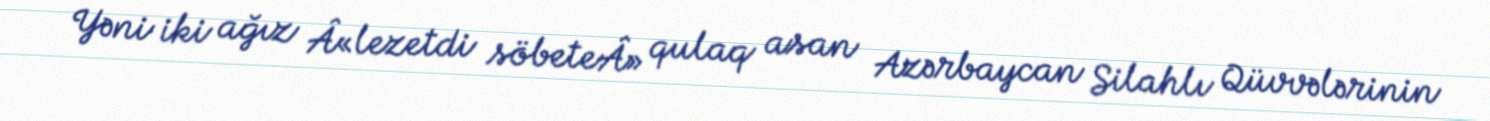
Yəni iki ağız Â«lezetdi söbeteÂ» qulaq asan Azərbaycan Silahlı Qüvvələrinin